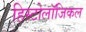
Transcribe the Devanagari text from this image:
हिस्टोलॉजिकल